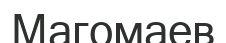
Магомаев